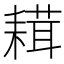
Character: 𦔋